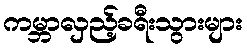
ကမ္ဘာလှည့်ခရီးသွားများ